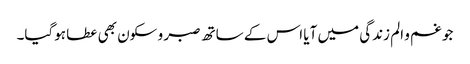
جو غم و الم زندگی میں آیا اس کے ساتھ صبر و سکون بھی عطا ہوگیا۔